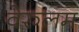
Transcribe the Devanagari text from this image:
वेरुलम